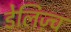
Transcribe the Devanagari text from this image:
डेलिज़्च